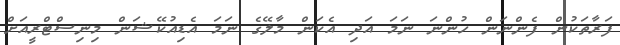
ފަރާތަކުން ފެންނަން ހުންނަ ނަމަ އަދި އެކަން މާލޭގެ ނަމަ އެޑިއުކޭޝަން މިނިސްޓްރީއަށް